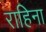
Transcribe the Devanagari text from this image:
राहिना